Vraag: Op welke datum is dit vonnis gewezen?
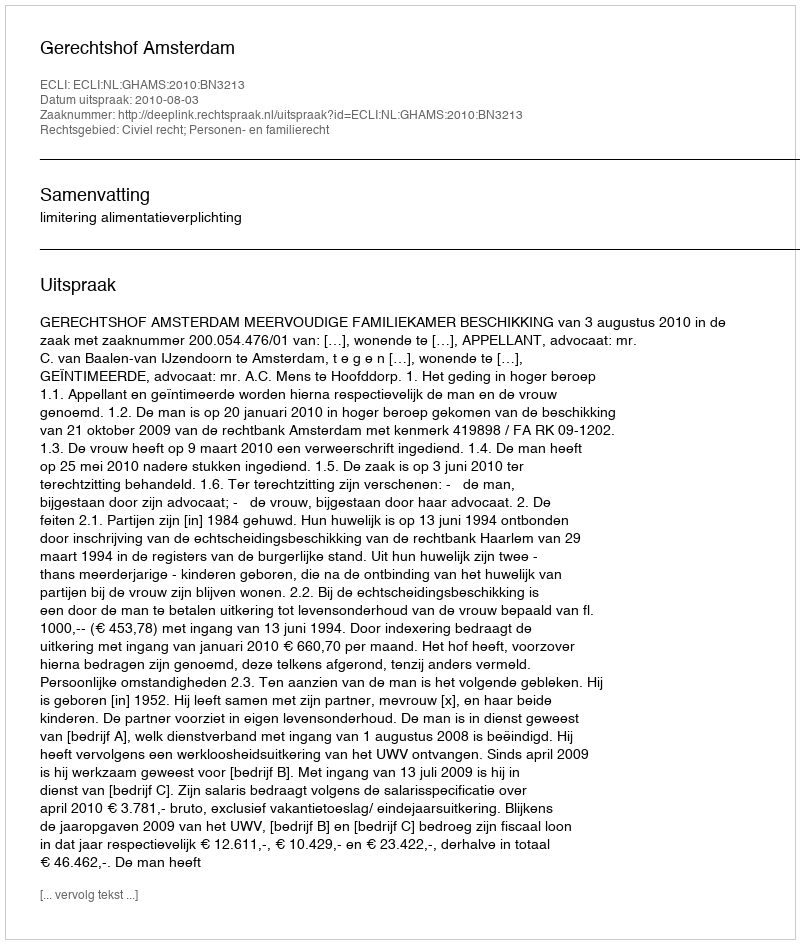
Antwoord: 2010-08-03